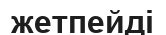
жетпейді